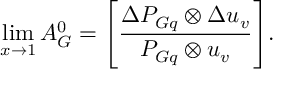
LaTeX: \operatorname * { l i m } _ { x \to 1 } A _ { G } ^ { 0 } = \Biggl [ { \frac { \Delta P _ { G q } \otimes \Delta u _ { v } } { P _ { G q } \otimes u _ { v } } } \Biggr ] .